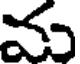
మ